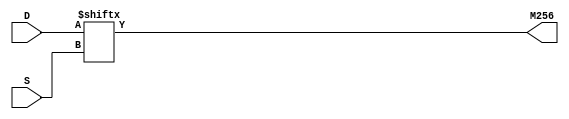
module top (
input [7:0] S,
input [255:0] D,
output M256
);
assign M256 = D[S];

endmodule